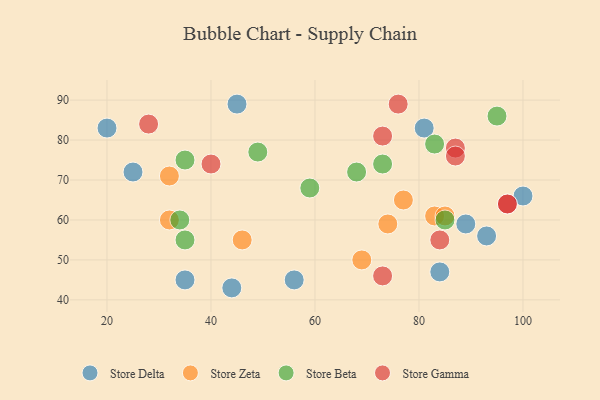
{"axis": {"x": "GDP", "y": "Life Expectancy"}, "legend": ["Store Beta", "Store Delta", "Store Gamma", "Store Zeta"], "data": [{"x": "81", "y": 83, "type": "Store Delta"}, {"x": "20", "y": 83, "type": "Store Delta"}, {"x": "45", "y": 89, "type": "Store Delta"}, {"x": "35", "y": 45, "type": "Store Delta"}, {"x": "93", "y": 56, "type": "Store Delta"}, {"x": "25", "y": 72, "type": "Store Delta"}, {"x": "44", "y": 43, "type": "Store Delta"}, {"x": "100", "y": 66, "type": "Store Delta"}, {"x": "84", "y": 47, "type": "Store Delta"}, {"x": "56", "y": 45, "type": "Store Delta"}, {"x": "89", "y": 59, "type": "Store Delta"}, {"x": "46", "y": 55, "type": "Store Zeta"}, {"x": "83", "y": 61, "type": "Store Zeta"}, {"x": "85", "y": 61, "type": "Store Zeta"}, {"x": "77", "y": 65, "type": "Store Zeta"}, {"x": "69", "y": 50, "type": "Store Zeta"}, {"x": "32", "y": 71, "type": "Store Zeta"}, {"x": "32", "y": 60, "type": "Store Zeta"}, {"x": "74", "y": 59, "type": "Store Zeta"}, {"x": "83", "y": 79, "type": "Store Beta"}, {"x": "85", "y": 60, "type": "Store Beta"}, {"x": "35", "y": 75, "type": "Store Beta"}, {"x": "95", "y": 86, "type": "Store Beta"}, {"x": "49", "y": 77, "type": "Store Beta"}, {"x": "35", "y": 55, "type": "Store Beta"}, {"x": "73", "y": 74, "type": "Store Beta"}, {"x": "34", "y": 60, "type": "Store Beta"}, {"x": "68", "y": 72, "type": "Store Beta"}, {"x": "59", "y": 68, "type": "Store Beta"}, {"x": "73", "y": 81, "type": "Store Gamma"}, {"x": "40", "y": 74, "type": "Store Gamma"}, {"x": "84", "y": 55, "type": "Store Gamma"}, {"x": "76", "y": 89, "type": "Store Gamma"}, {"x": "87", "y": 78, "type": "Store Gamma"}, {"x": "28", "y": 84, "type": "Store Gamma"}, {"x": "97", "y": 64, "type": "Store Gamma"}, {"x": "73", "y": 46, "type": "Store Gamma"}, {"x": "87", "y": 76, "type": "Store Gamma"}, {"x": "97", "y": 64, "type": "Store Gamma"}]}